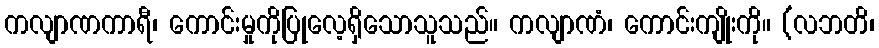
ကလျာဏကာရီ၊ ကောင်းမှုကိုပြုလေ့ရှိသောသူသည်။ ကလျာဏံ၊ ကောင်းကျိုးကို။ (လဘတိ၊